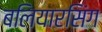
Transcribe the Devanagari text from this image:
बलियारसिंग